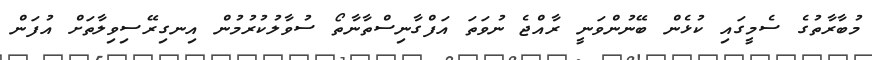
މުބާރާތުގެ ސެމީގައި ކުޅެން ބޭނުންވަނީ ރާއްޖެ ނުވަތަ އަފްގާނިސްތާނާތޯ ސުވާލުކުރުމުން އިނގިރޭސިވިލާތަށް އުފަން